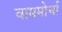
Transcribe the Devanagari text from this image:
वाममोर्चा